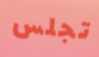
تجلس